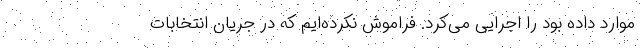
موارد داده بود را اجرایی می‌کرد. فراموش نکرده‌ایم که در جریان انتخابات